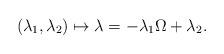
LaTeX: \begin{align*} (\lambda _{1},\lambda _{2})\mapsto \lambda =-\lambda _{1}\Omega +\lambda _{2}. \end{align*}